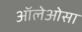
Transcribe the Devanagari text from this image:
ऑलेओसा